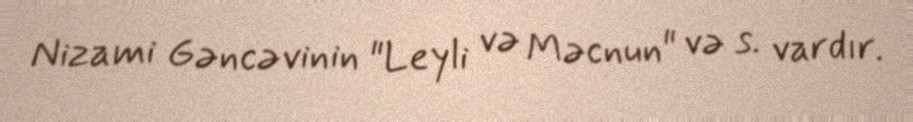
Nizami Gəncəvinin "Leyli və Məcnun" və s. vardır.